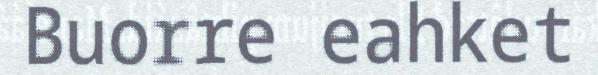
Buorre eahket